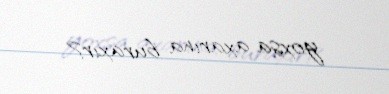
yoxsa axarına buraxır?.